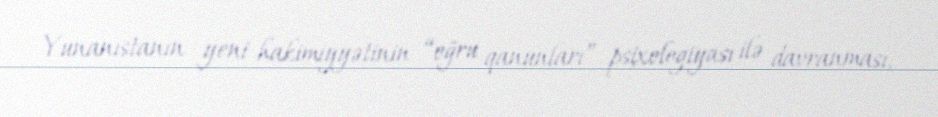
Yunanıstanın yeni hakimiyyətinin “oğru qanunları” psixologiyası ilə davranması,